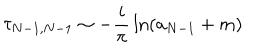
LaTeX: \tau _ { N - 1 , N - 1 } \sim - { \frac { i } { \pi } } \ln ( a _ { N - 1 } + m )